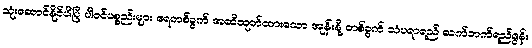
သုံးဆောင်နိုင်ပါပြီ ပါဝင်ပစ္စည်းများ ရေတစ်ခွက် အဆီထုတ်ထားသော အုန်းနို့ တစ်ခွက် သံပရာရည် လက်ဘက်ရည်ဇွန်း